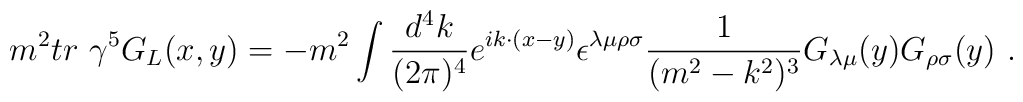
m^2tr\ \gamma^5G_L(x,y)=- m^2\int\frac{d^4 k}{(2\pi)^4}e^{i k\cdot(x-y)}\epsilon^{\lambda\mu\rho\sigma}\frac{1}{(m^2-k^2)^3}G_{\lambda\mu}(y)G_{\rho\sigma}(y)\ .